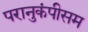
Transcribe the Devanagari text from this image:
परानुकंपीसम